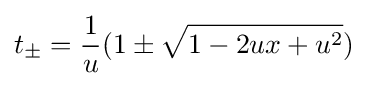
t_{\pm }={\frac {1}{u}}(1\pm {\sqrt {1-2ux+u^{2}}})